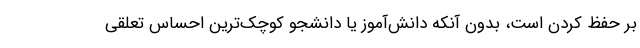
بر حفظ کردن است، بدون آنکه دانش‌آموز یا دانشجو کوچک‌ترین احساس تعلقی